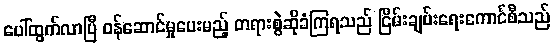
ပေါ်ထွက်လာပြီ ဝန်ဆောင်မှုပေးမည့် တရားစွဲဆိုခံကြရသည် ငြိမ်းချမ်းရေးကောင်စီသည်